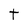
Character: t